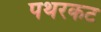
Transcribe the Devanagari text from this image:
पथरकट